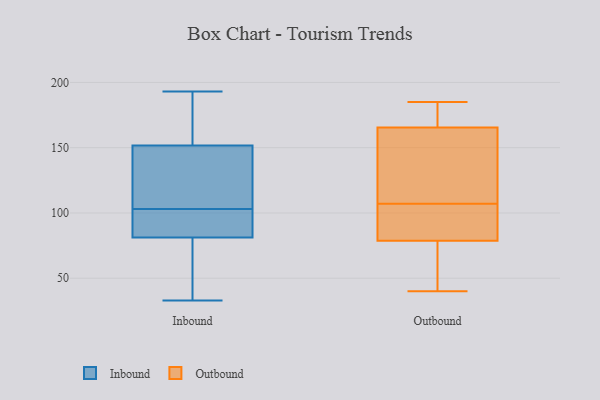
{"axis": {"x": "Temperature (°C)", "y": "Value"}, "legend": ["Inbound", "Outbound"], "data": [{"x": "", "y": 118, "type": "Inbound"}, {"x": "", "y": 33, "type": "Inbound"}, {"x": "", "y": 103, "type": "Inbound"}, {"x": "", "y": 77, "type": "Inbound"}, {"x": "", "y": 193, "type": "Inbound"}, {"x": "", "y": 153, "type": "Inbound"}, {"x": "", "y": 178, "type": "Inbound"}, {"x": "", "y": 100, "type": "Inbound"}, {"x": "", "y": 148, "type": "Inbound"}, {"x": "", "y": 61, "type": "Inbound"}, {"x": "", "y": 94, "type": "Inbound"}, {"x": "", "y": 70, "type": "Outbound"}, {"x": "", "y": 101, "type": "Outbound"}, {"x": "", "y": 185, "type": "Outbound"}, {"x": "", "y": 105, "type": "Outbound"}, {"x": "", "y": 90, "type": "Outbound"}, {"x": "", "y": 111, "type": "Outbound"}, {"x": "", "y": 75, "type": "Outbound"}, {"x": "", "y": 181, "type": "Outbound"}, {"x": "", "y": 107, "type": "Outbound"}, {"x": "", "y": 42, "type": "Outbound"}, {"x": "", "y": 158, "type": "Outbound"}, {"x": "", "y": 123, "type": "Outbound"}, {"x": "", "y": 168, "type": "Outbound"}, {"x": "", "y": 147, "type": "Outbound"}, {"x": "", "y": 97, "type": "Outbound"}, {"x": "", "y": 184, "type": "Outbound"}, {"x": "", "y": 52, "type": "Outbound"}, {"x": "", "y": 171, "type": "Outbound"}, {"x": "", "y": 40, "type": "Outbound"}]}